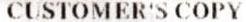
CUSTOMER'S COPY